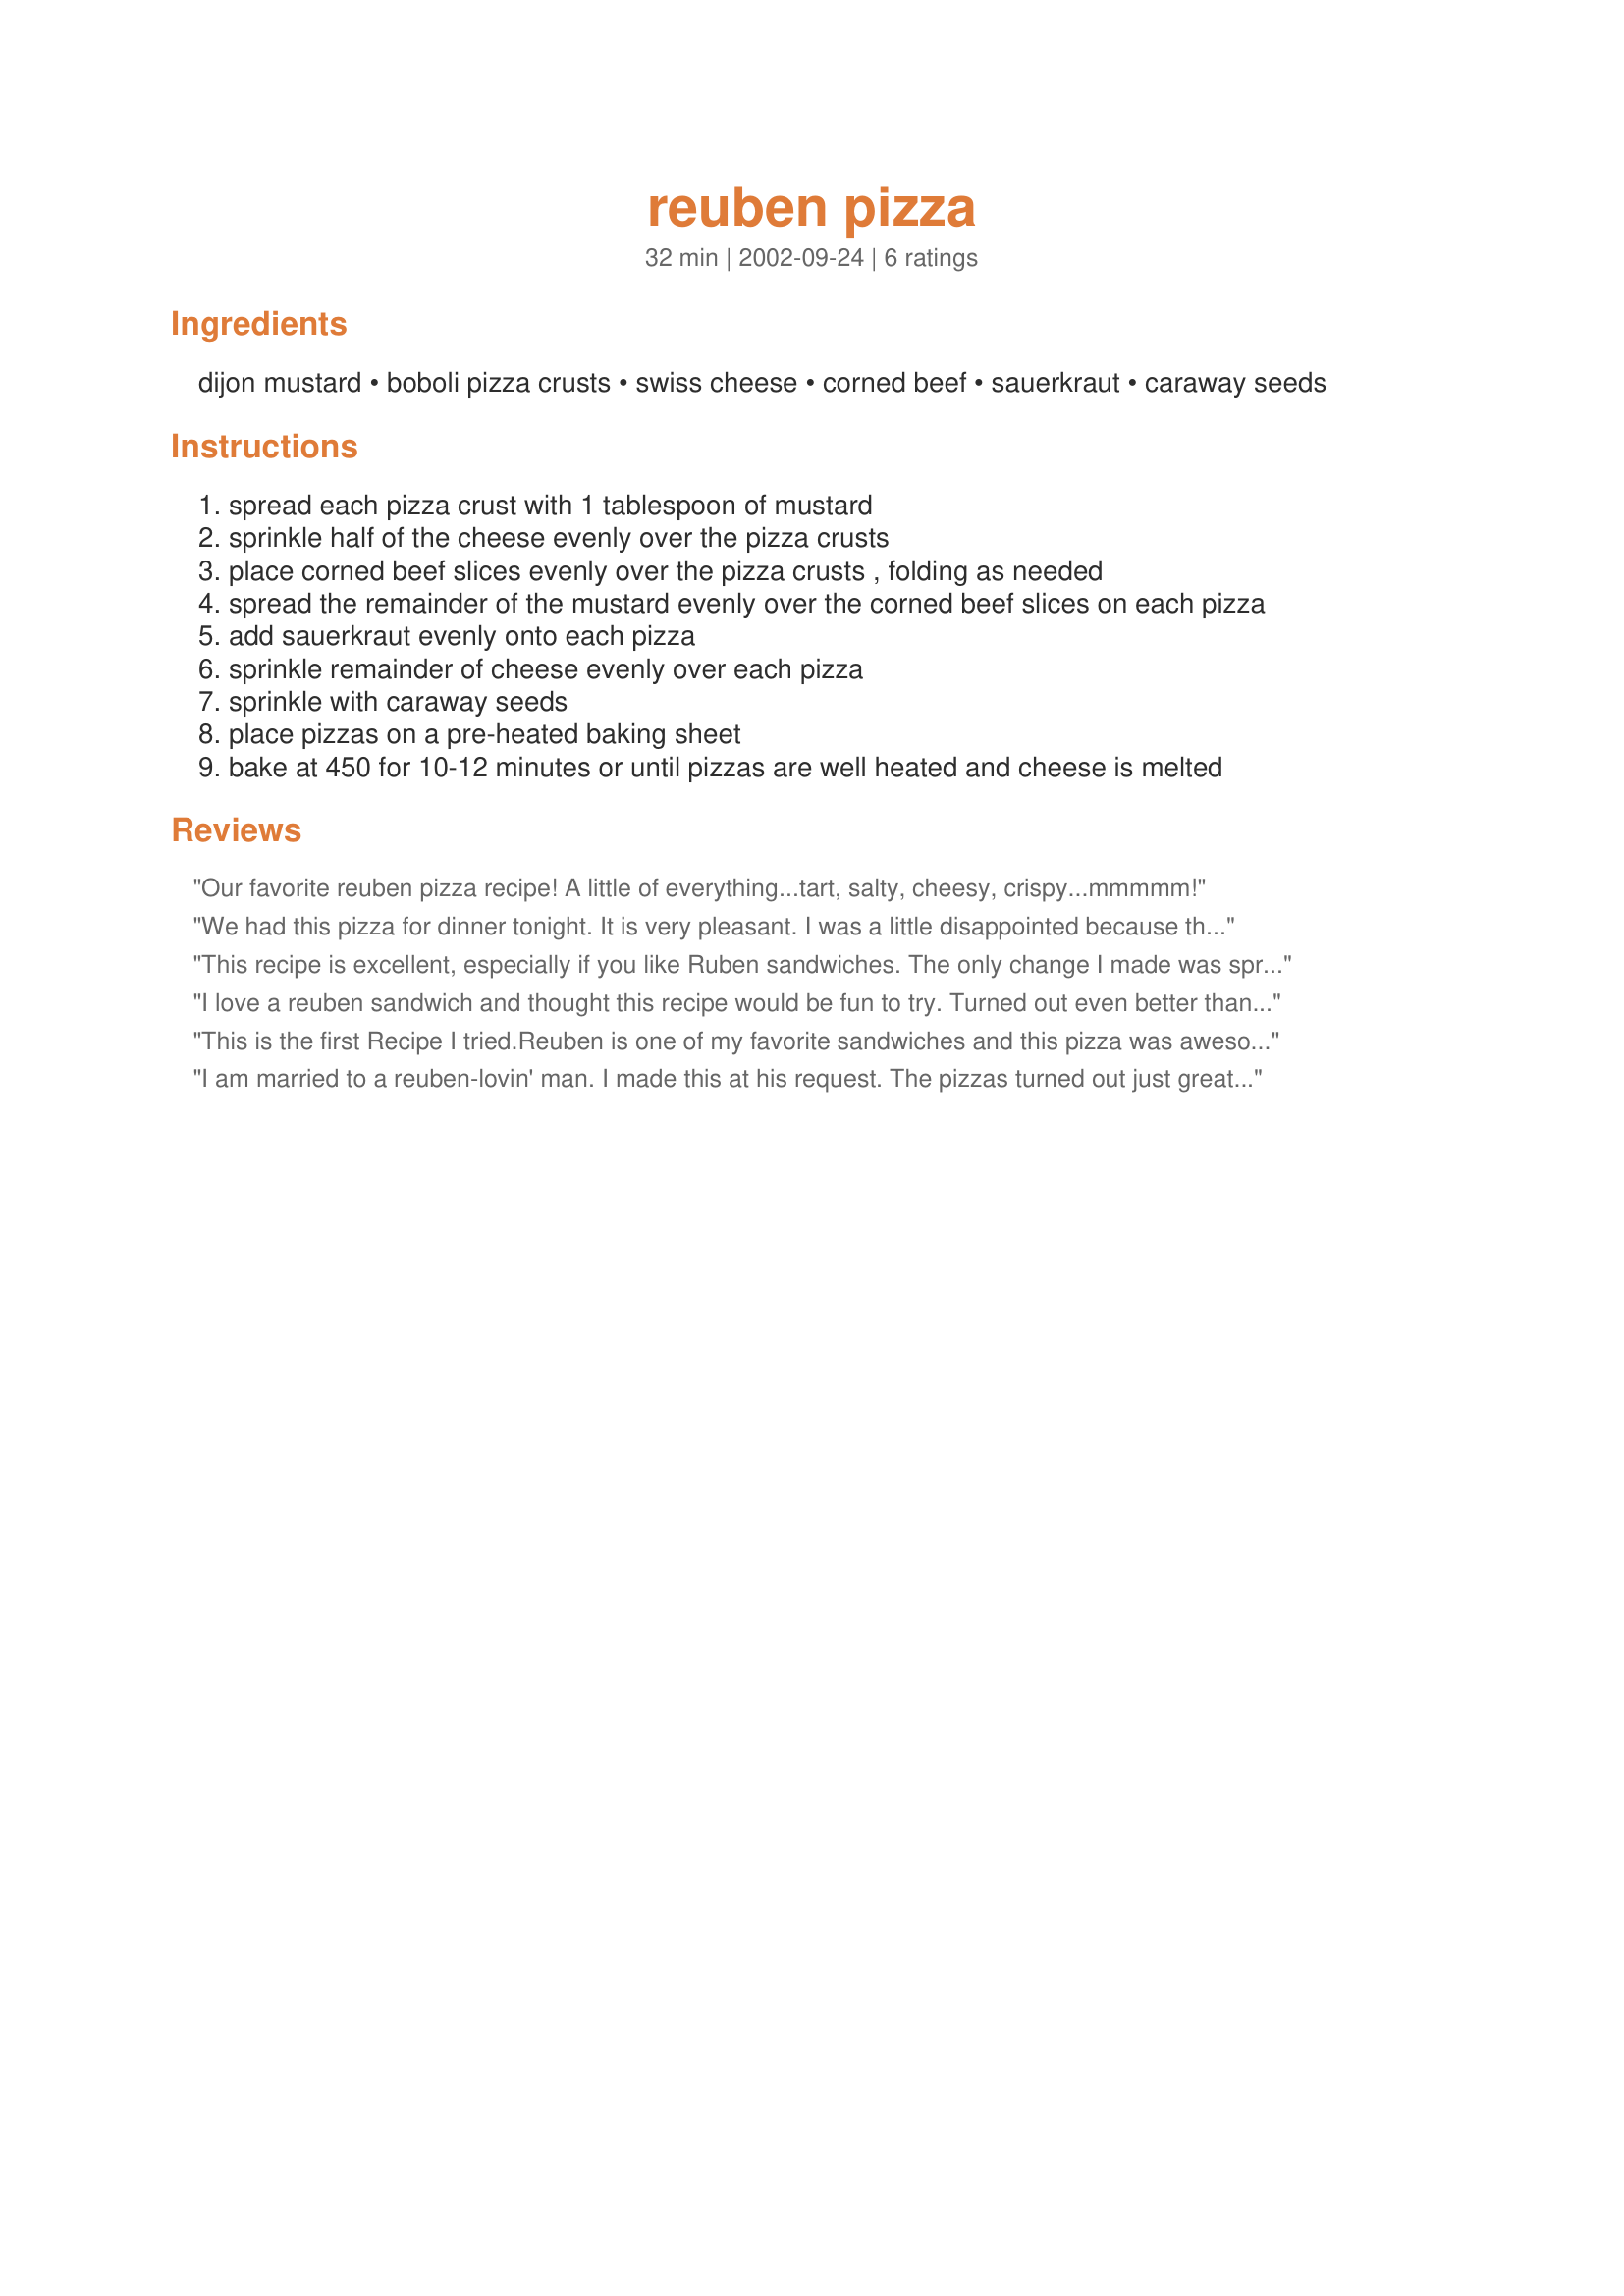
reuben pizza
Preparation time: 32 minutes

Ingredients:
dijon mustard, boboli pizza crusts, swiss cheese, corned beef, sauerkraut, caraway seeds

Steps:
spread each pizza crust with 1 tablespoon of mustard
sprinkle half of the cheese evenly over the pizza crusts
place corned beef slices evenly over the pizza crusts , folding as needed
spread the remainder of the mustard evenly over the corned beef slices on each pizza
add sauerkraut evenly onto each pizza
sprinkle remainder of cheese evenly over each pizza
sprinkle with caraway seeds
place pizzas on a pre-heated baking sheet
bake at 450 for 10-12 minutes or until pizzas are well heated and cheese is melted

Reviews:
Our favorite reuben pizza recipe! A little of everything...tart, salty, cheesy, crispy...mmmmm!
We had this pizza for dinner tonight. It is very pleasant. I was a little disappointed because there was no gooeyness like there is in reuben sandwiches. Thank you for the recipe.
This recipe is excellent, especially if you like Ruben sandwiches. The only change I made was spreading some thousand island dressing on the Boboli first and then adding a little less mustard. I used deli sliced corned beef and Libby&#039;s canned sauerkraut. Baked on a foil lined baking sheet preheated just as the recipes says.
I love a reuben sandwich and thought this recipe would be fun to try. Turned out even better than I expected. Tangy and great smell from the caraway. My husband and I thought it was very tasty. The kids weren't too sure, but they are still young, yet. Thanks Nurse Di, for a new-fangled pizza.
This is the first Recipe I tried.Reuben is one of my favorite sandwiches and this pizza was awesome. I made it with a freshly cooked Corned Beef Brisket on St Patty&#039;s Day. It went fast! Great flavor. Maybe add Thousand Island on the side for dipping would be good too!
I am married to a reuben-lovin' man. I made this at his request. The pizzas turned out just great. I have never been crazy about sauerkraut but combined with the cheese and caraway seed made it taste delicious. My husband was in reuben heaven. It is important to drain the kraut very well. I drained it in a collander and then used paper towels to soak up any extra. Thanks Nurse Di.
